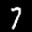
Label: 7